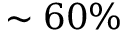
\sim 6 0 \%